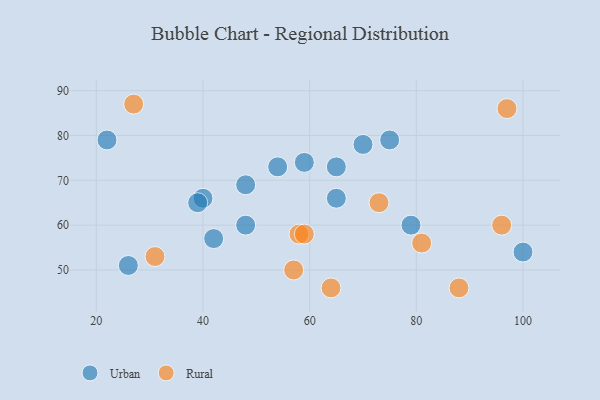
{"axis": {"x": "GDP", "y": "Life Expectancy"}, "legend": ["Rural", "Urban"], "data": [{"x": "40", "y": 66, "type": "Urban"}, {"x": "70", "y": 78, "type": "Urban"}, {"x": "75", "y": 79, "type": "Urban"}, {"x": "48", "y": 69, "type": "Urban"}, {"x": "39", "y": 65, "type": "Urban"}, {"x": "100", "y": 54, "type": "Urban"}, {"x": "65", "y": 66, "type": "Urban"}, {"x": "26", "y": 51, "type": "Urban"}, {"x": "42", "y": 57, "type": "Urban"}, {"x": "54", "y": 73, "type": "Urban"}, {"x": "79", "y": 60, "type": "Urban"}, {"x": "59", "y": 74, "type": "Urban"}, {"x": "65", "y": 73, "type": "Urban"}, {"x": "22", "y": 79, "type": "Urban"}, {"x": "48", "y": 60, "type": "Urban"}, {"x": "88", "y": 46, "type": "Rural"}, {"x": "31", "y": 53, "type": "Rural"}, {"x": "97", "y": 86, "type": "Rural"}, {"x": "81", "y": 56, "type": "Rural"}, {"x": "58", "y": 58, "type": "Rural"}, {"x": "64", "y": 46, "type": "Rural"}, {"x": "27", "y": 87, "type": "Rural"}, {"x": "73", "y": 65, "type": "Rural"}, {"x": "59", "y": 58, "type": "Rural"}, {"x": "96", "y": 60, "type": "Rural"}, {"x": "57", "y": 50, "type": "Rural"}]}